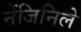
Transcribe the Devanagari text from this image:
नेंजिनिले